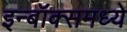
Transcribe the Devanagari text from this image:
इन्बॉक्समध्ये